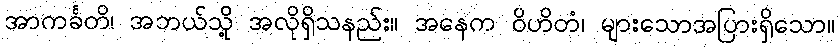
အာကင်္ခတိ၊ အဘယ်သို့ အလိုရှိသနည်း။ အနေက ဝိဟိတံ၊ များသောအပြားရှိသော။